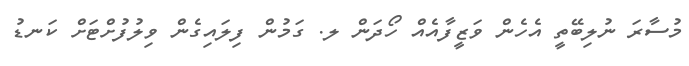
މުސާރަ ނުލިބޭތީ އެހެން ވަޒީފާއެއް ހޯދަން ލ. ގަމުން ފިލައިގެން ވިލުފުށްޓަށް ކަނޑު